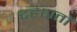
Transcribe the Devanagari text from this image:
दहशतों